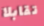
تقابلا